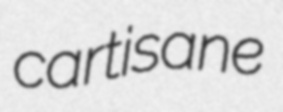
cartisane